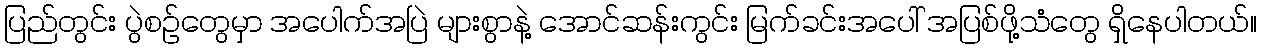
ပြည်တွင်း ပွဲစဉ်တွေမှာ အပေါက်အပြဲ များစွာနဲ့ အောင်ဆန်းကွင်း မြက်ခင်းအပေါ် အပြစ်ဖို့သံတွေ ရှိနေပါတယ်။